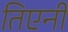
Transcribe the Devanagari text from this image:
तिएनी